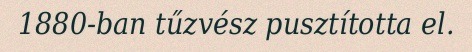
1880-ban tűzvész pusztította el.